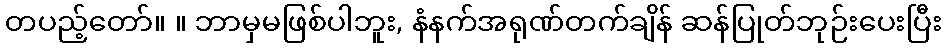
တပည့်တော်။ ။ ဘာမှမဖြစ်ပါဘူး, နံနက်အရုဏ်တက်ချိန် ဆန်ပြုတ်ဘုဉ်းပေးပြီး